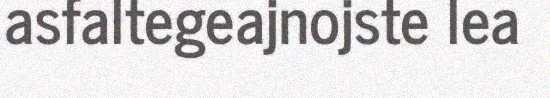
asfaltegeajnojste lea